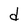
Character: d